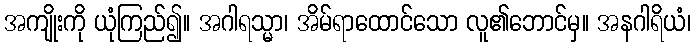
အကျိုးကို ယုံကြည်၍။ အဂါရသ္မာ၊ အိမ်ရာထောင်သော လူ၏ဘောင်မှ။ အနဂါရိယံ၊